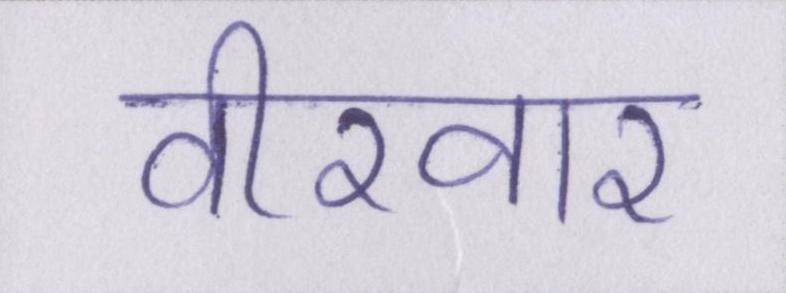
वीरवार